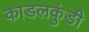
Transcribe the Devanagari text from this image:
काडलकुंडी